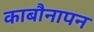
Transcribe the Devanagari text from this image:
काबौनापन